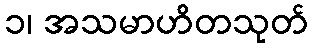
၁၊ အသမာဟိတသုတ်